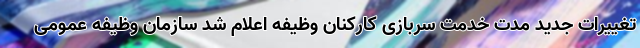
تغییرات جدید مدت خدمت سربازی کارکنان وظیفه اعلام شد سازمان وظیفه عمومی